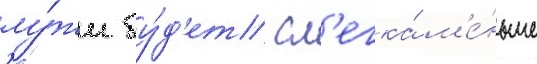
лу́жи бу́д'ет сл'егка́ м'е́ньше